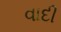
વાદી